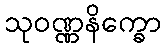
သုဝဏ္ဏနိက္ခော